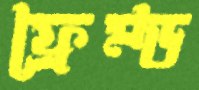
ফ্রেম্ড